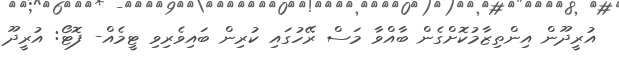
އުރީދޫން އިންތިޒާމުކޮށްގެން ބާއްވާ މަސް ރޭހުގައި ކުރިން ބައިވެރިވި ޓީމެއް- ފޮޓޯ: އުރީދޫ